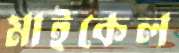
মাইকেল